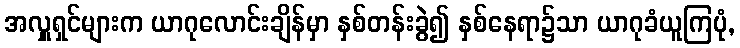
အလှူရှင်များက ယာဂုလောင်းချိန်မှာ နှစ်တန်းခွဲ၍ နှစ်နေရာ၌သာ ယာဂုခံယူကြပုံ,